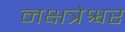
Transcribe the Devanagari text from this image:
नक्षत्रेश्वर